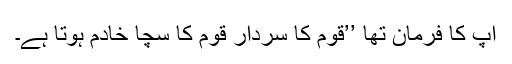
آپ کا فرمان تھا ’’قوم کا سردار قوم کا سچا خادم ہوتا ہے۔